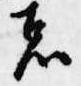
者